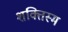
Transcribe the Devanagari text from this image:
शक्तिस्म